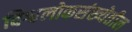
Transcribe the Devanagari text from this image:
विश्वलोकसंख्येतील